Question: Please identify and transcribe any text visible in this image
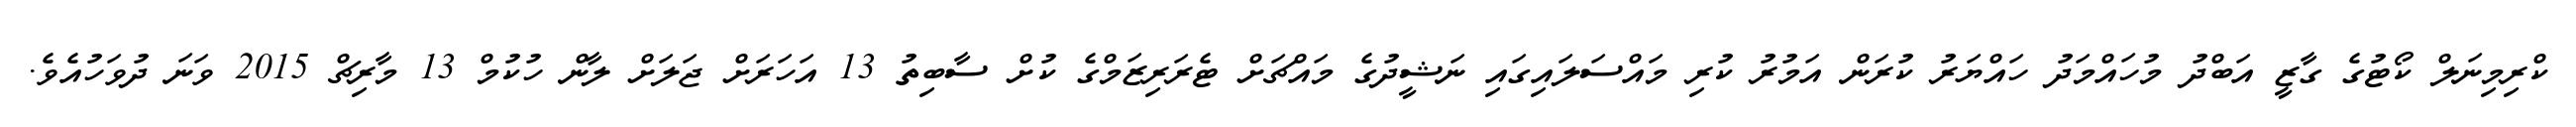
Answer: ކްރިމިނަލް ކޯޓުގެ ގާޒީ އަބްދު މުހައްމަދު ހައްޔަރު ކުރަން އަމުރު ކުރި މައްސަލައިގައި ނަޝީދުގެ މައްޗަށް ޓެރަރިޒަމްގެ ކުށް ސާބިތު 13 އަހަރަށް ޖަލަށް ލާން ހުކުމް 13 މާރިޗް 2015 ވަނަ ދުވަހުއެވެ.